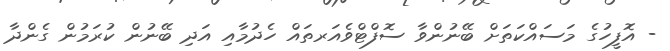
- އޮފީހުގެ މަސައްކަތަށް ބޭނުންވާ ސޮފްޓްވެއަރތައް ހެދުމާއި އަދި ބޭނުން ކުރަމުން ގެންދާ